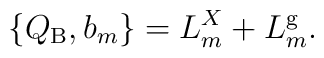
\{Q_{\rm B}, b_m \} = L^{X}_m + L^{\rm g}_m.